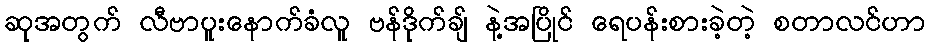
ဆုအတွက် လီဗာပူးနောက်ခံလူ ဗန်ဒိုက်ချ် နဲ့အပြိုင် ရေပန်းစားခဲ့တဲ့ စတာလင်ဟာ